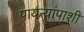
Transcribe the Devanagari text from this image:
पायऱ्यांपाशी